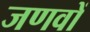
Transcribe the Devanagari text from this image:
जणवों